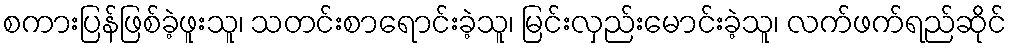
စကားပြန်ဖြစ်ခဲ့ဖူးသူ၊ သတင်းစာရောင်းခဲ့သူ၊ မြင်းလှည်းမောင်းခဲ့သူ၊ လက်ဖက်ရည်ဆိုင်